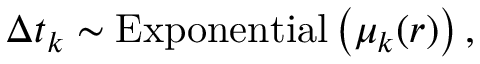
\Delta t _ { k } \sim \mathrm { E x p o n e n t i a l } \left( \mu _ { k } ( r ) \right) ,